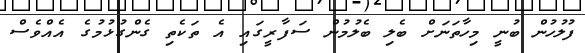
ފުލުހުން ބުނީ މިހާތަނަށް ބެލި ބެލުމުން ސަފާރީގައި އެ ތަކެތި ގެންގުޅުމުގެ އެއްވެސް